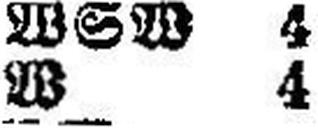
W 4